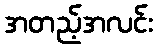
အတည့်အလင်း